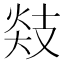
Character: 𪯅